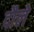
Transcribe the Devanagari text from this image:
दौले